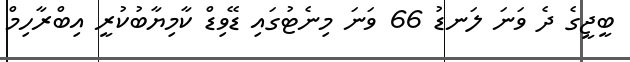
ބީޖީގެ ދެ ވަނަ ލަނޑު 66 ވަނަ މިނެޓުގައި ޑޭވިޑް ކާމިޔާބުކުރީ އިބްރާހިމް